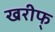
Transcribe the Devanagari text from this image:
खरीफ्